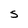
Character: S